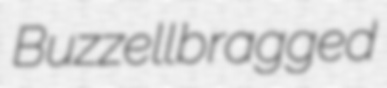
Buzzell bragged